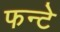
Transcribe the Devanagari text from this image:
फन्टे